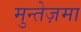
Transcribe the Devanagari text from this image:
मुन्तेज़मा